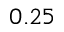
0 . 2 5